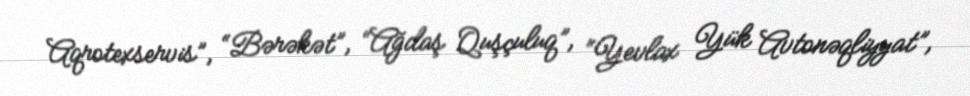
Aqrotexservis”, “Bərəkət”, “Ağdaş Quşçuluq”, “Yevlax Yük Avtonəqliyyat”,